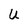
Character: U